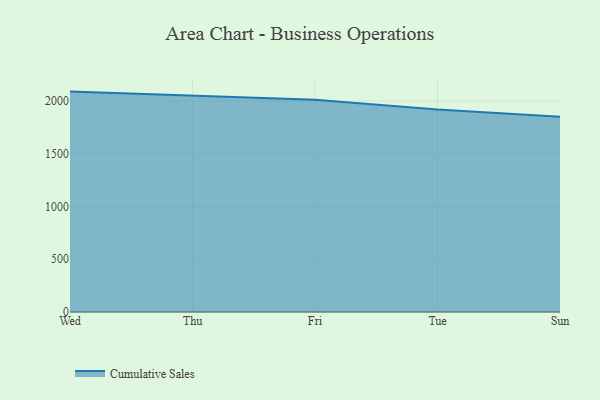
{"axis": {"x": "Day", "y": "Website Visitors"}, "legend": ["Cumulative Sales"], "data": [{"x": "Wed", "y": 2089.5, "type": "Cumulative Sales"}, {"x": "Thu", "y": 2054.0, "type": "Cumulative Sales"}, {"x": "Fri", "y": 2013.2, "type": "Cumulative Sales"}, {"x": "Tue", "y": 1918.9, "type": "Cumulative Sales"}, {"x": "Sun", "y": 1851.9, "type": "Cumulative Sales"}]}